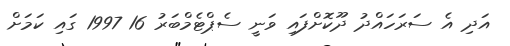
އަދި އެ ސަރަހައްދު ދޫކޮށްފައި ވަނީ ސެޕްޓެމްބަރު 16 1997 ގައި ކަމަށް